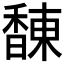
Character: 𲋰